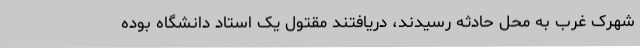
شهرک غرب به محل حادثه رسیدند، دریافتند مقتول یک استاد دانشگاه بوده